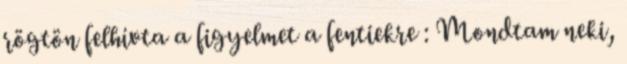
rögtön felhívta a figyelmet a fentiekre : Mondtam neki,